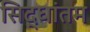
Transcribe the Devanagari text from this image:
सिद्धांतम